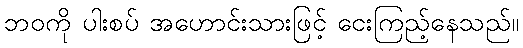
ဘဝကို ပါးစပ် အဟောင်းသားဖြင့် ငေးကြည့်နေသည်။